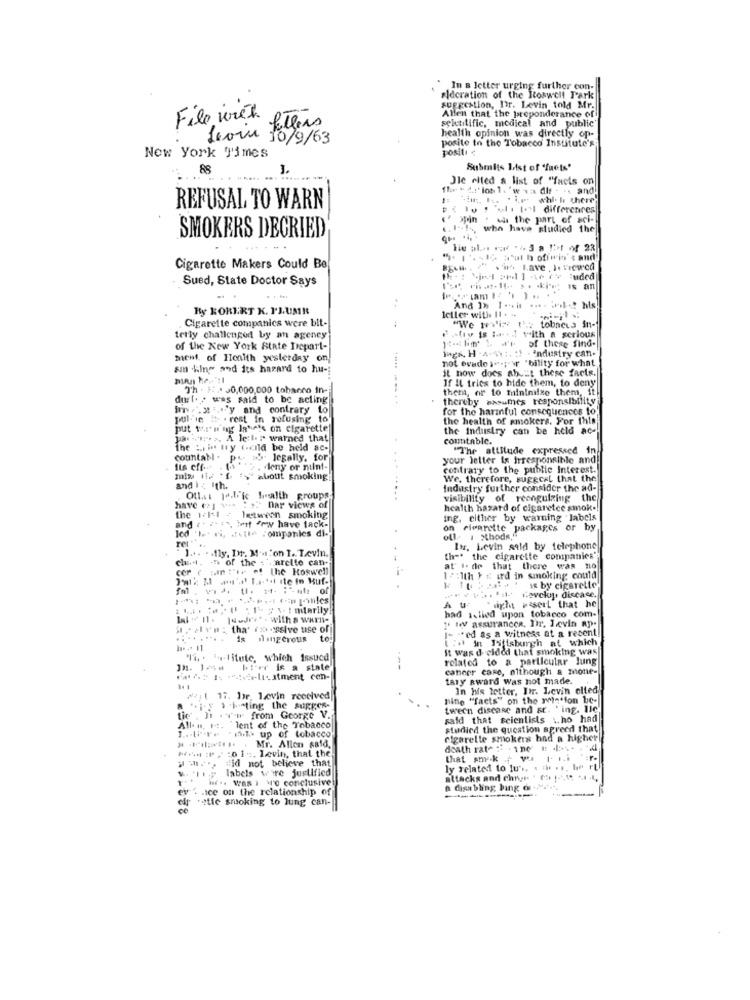
In a letter urging further con-
#Idcration of the Roswell Park
suggestion, I'r. Levin told Mr.
File iret.
Allen that the preponderance of
spletitific, medical and public
fillers
health opinion was directly op-
Leor 10/9/63
posite to the Tobacco Institute's
positi ¢
New York Times
88
Submits List of "facts'
Jle elted a list of "facts on
They d' los 1 . 'wwa dit . .. and
. 1. whl- hi there
REFUSAL TO WARN
"el . tyl differences
( win . wh the part of sci-
SMOKERS DECRIED
1.1-1, who have studied the
.. . .
Cigarette Makers Could Be
. Lave , 1. viewed
Sued, State Doctor Says
the : Sjest pool ] -very Buded
By ROBERT K. P'LUME
1eller with It . ..
And De Ini .... ...! his
Cigarette companies were bit-
"We weViy th .: tobneva in-
telly challenged by an ageney
-liv is t++] with a serious
of these find-
of the New York State Depart-
ment, of Health ysterday on
ings, H .4.44 :. : 1 . industry can-
not evados"-por "bility for what
sin king and its hazard to hu -;
it now does about these facts.
If Il tries to hide them, to deny
Th . #: 30,000,000 tohanno in-
them, or to minimize them, it
durl. , was said to be acting
thereby assumes responsibility
In x .y and contrary
to
for the harmful consequences to
pul- in " .rest in refusing to
the health of smokers. For this
put tor'n' ing Iavete on cigarette
the Industry can be held ac-
ja. ... .. A le:I." warned that
countable.
The :,, i try (cild be held ac-
"The attflude
cpressed in
countabl -
pr ts legally, for
your letter is Irresponsible and
deny or nuln !-
....
contrary to the public Interest.
mia 11/ f :>about smoking
We, therefore, suggcal that the
and Iz Ith.
Industry further consider the ad-
Oth: jo.Fric health groups.
Dar views of
visibility of reengulzing th
have ej
health hazard of cigaretce smok .!
the 1/11 - between smoking
ing. either by warning labels
led '1 .. vi, . cita companies di-"
and rt ist, imt "mw have tack-
on cigarette packages or by
ofl. 1 xthode,"
1 .. . . fly. Dr. M -.. on I. L.evin,
In, Levin sold by telephone
che .. ... of the . . arelte can-
th -. the cigarette companies";
cer ( umtre of the Roswell
at i. de that there was no
12:1th } £ ird in smoking could
. .....
is by cigarette
A u
Pavelup, discase.
:... ", "marily
had islied upon tobacco com-
* night waseil that he
toy assurancea. Dir, Levin ap-
SplYH : tha' fx ssive use of
I- "*ed as a witness at a recent!
.........
is dangerous
to
it was decided that smoking was
tid in Istisburgh at which
"i . F-litute, which issued
related to a particular lung
bl'er is a state
cancer care, although a mone-
tary award Was not made.
In his letter, Dr. Levin elled
2211 17. Jor, Lovin received
nine "facts" on the rele"fon be-
.i.y ah-ting the sugges-
tween discane and sr. . ing. Ile
tic , In -rw from George V.
said that scientists .. ho had
All. .. .
lent of the Tobacco
studied the question agreed that
> Filet . Mr. Allen said,
"ihk. up of tobacco
cigarette smokers had a higher
# **** : 2:01+. Levin, that the.
death rate : . ine #: -
Hid not believe that
that smak . y
v. In; labels wire justified
ly related to lu's, e in ... he rt
Wir .. was ) \'e conclusive
attacks and chips " (9 1-1.18 .. . k,
etc. . ce on the relationship of
ev
a disabling bing o
-
tette smoking to lung can-
er